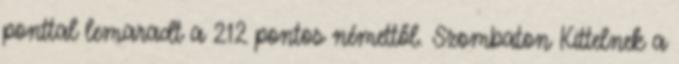
ponttal lemaradt a 212 pontos némettől. Szombaton Kittelnek a